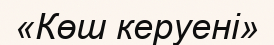
«Көш керуені»